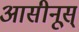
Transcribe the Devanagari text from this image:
आसीनूस्